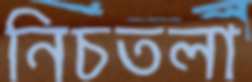
নিচতলা